Indian journal of veterinary science and animal husbandry - Volume 5,
Year: 1935
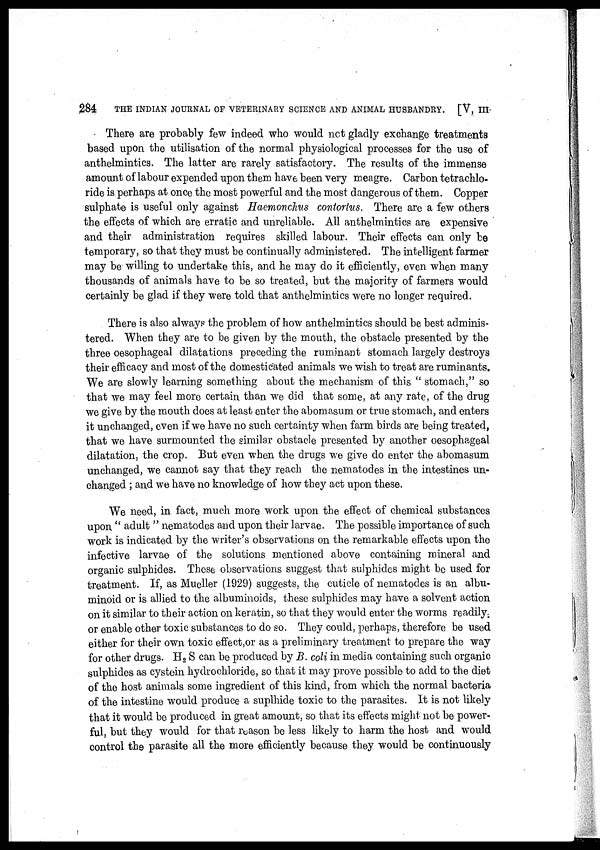
284
THE INDIAN JOURNAL OF VETERINARY SCIENCE AND ANIMAL HUSBANDRY. [V, III
There are probably few indeed who would not gladly exchange treatments
based upon the utilisation of the normal physiological processes for the use of
anthelmintics. The latter are rarely satisfactory. The results of the immense
amount of labour expended upon them have been very meagre. Carbon tetrachlo-
ride is perhaps at once the most powerful and the most dangerous of them. Copper
sulphate is useful only against Haemonchus contortus. There are a few others
the effects of which are erratic and unreliable. All anthelmintics are expensive
and their administration requires skilled labour. Their effects can only be
temporary, so that they must be continually administered. The intelligent farmer
may be willing to undertake this, and he may do it efficiently, even when many
thousands of animals have to be so treated, but the majority of farmers would
certainly be glad if they were told that anthelmintics were no longer required.
There is also always the problem of how anthelmintics should be best adminis-
tered. When they are to be given by the mouth, the obstacle presented by the
three oesophageal dilatations preceding the ruminant stomach largely destroys
their efficacy and most of the domesticated animals we wish to treat are ruminants.
We are slowly learning something about the mechanism of this " stomach," so
that we may feel more certain than we did that some, at any rate, of the drug
we give by the mouth does at least enter the abomasum or true stomach, and enters
it unchanged, even if we have no such certainty when farm birds are being treated,
that we have surmounted the similar obstacle presented by another oesophageal
dilatation, the crop. But even when the drugs we give do enter the abomasum
unchanged, we cannot say that they reach the nematodes in the intestines un-
changed ; and we have no knowledge of how they act upon these.
We need, in fact, much more work upon the effect of chemical substances
upon " adult " nematodes and upon their larvae. The possible importance of such
work is indicated by the writer's observations on the remarkable effects upon the
infective larvae of the solutions mentioned above containing mineral and
organic sulphides. These observations suggest that sulphides might be used for
treatment. If, as Mueller (1929) suggests, the cuticle of nematodes is an albu-
minoid or is allied to the albuminoids, these sulphides may have a solvent action
on it similar to their action on keratin, so that they would enter the worms readily ;
or enable other toxic substances to do so. They could, perhaps, therefore be used
either for their own toxic effect,or as a preliminary treatment to prepare the way
for other drugs. H 2 S can be produced by B. coli in media containing such organic
sulphides as cystein hydrochloride, so that it may prove possible to add to the diet
of the host animals some ingredient of this kind, from which the normal bacteria
of the intestine would produce a suplhide toxic to the parasites. It is not likely
that it would be produced in great amount, so that its effects might not be power-
ful, but they would for that reason be less likely to harm the host and would
control the parasite all the more efficiently because they would be continuously